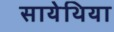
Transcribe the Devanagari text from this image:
सायेथिया